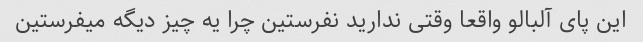
این پای آلبالو واقعا وقتی ندارید نفرستین چرا یه چیز دیگه میفرستین